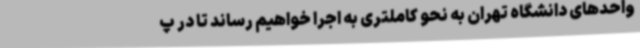
واحدهای دانشگاه تهران به نحو کاملتری به اجرا خواهیم رساند تا در پ